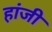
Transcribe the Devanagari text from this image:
हांजी